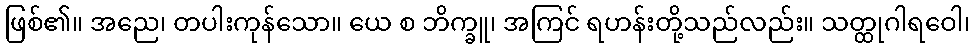
ဖြစ်၏။ အညေ၊ တပါးကုန်သော။ ယေ စ ဘိက္ခူ၊ အကြင် ရဟန်းတို့သည်လည်း။ သတ္ထုဂါရဝေါ၊